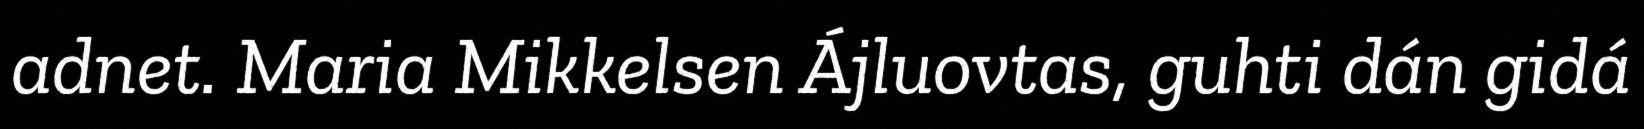
adnet. Maria Mikkelsen Ájluovtas, guhti dán gidá